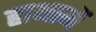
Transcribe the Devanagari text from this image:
हाथामें